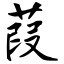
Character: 葭